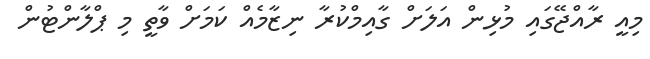
މިއީ ރާއްޖޭގައި މުޅިން އަލަށް ގާއިމްކުރާ ނިޒާމެއް ކަމަށް ވާތީ މި ޕްލާންޓުން